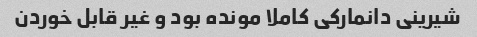
شیرینی دانمارکی کاملا مونده بود و غیر قابل خوردن